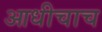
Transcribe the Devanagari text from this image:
आधीचाच